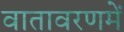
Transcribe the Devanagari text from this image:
वातावरणमें